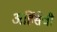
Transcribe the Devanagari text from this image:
अहिंसेची